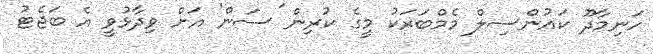
ހަނިމާދޫ ކައުންސިލް މެމްބަރަކު މީގެ ކުރިން 'ސަން' އަށް ވިދާޅުވީ އެ ބަޖެޓު